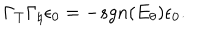
LaTeX: \Gamma _ { T } \Gamma _ { \natural } \epsilon _ { 0 } = - s g n ( E _ { \theta } ) \epsilon _ { 0 } .